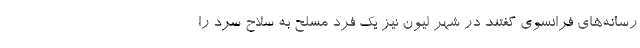
رسانه‌های فرانسوی گفتند در شهر لیون نیز یک فرد مسلح به سلاح سرد را